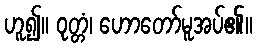
ဟူ၍။ ဝုတ္တံ၊ ဟောတော်မူအပ်၏။